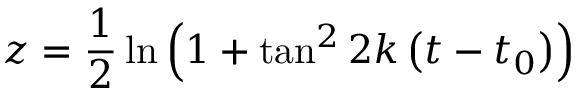
z = \frac { 1 } { 2 } \ln \left( 1 + \tan ^ { 2 } 2 k \left( t - t _ { 0 } \right) \right)